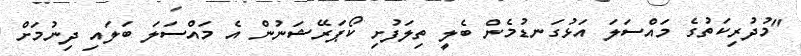
"މުދުރިކަތުގެ މައްސަލަ އަޅުގަނޑުމެން ބެލީ ތިލަފުށި ކޯޕަރޭޝަނުން އެ މައްސަލަ ބަލައި ދިނުމަށް